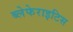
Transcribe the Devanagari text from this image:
ब्लेफेराइटिस